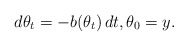
\begin{align*}d\theta_t=-b(\theta_t)\, dt, \theta_0=y.\end{align*}